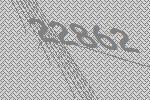
22862